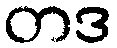
တဒ